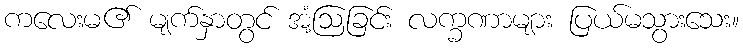
ကလေးမ၏ မျက်နှာတွင် အံ့ဩခြင်း လက္ခဏာများ ပြယ်မသွားသေး။